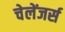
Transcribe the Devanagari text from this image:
चेलेंजर्स